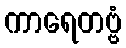
ကာရေတဗ္ဗံ